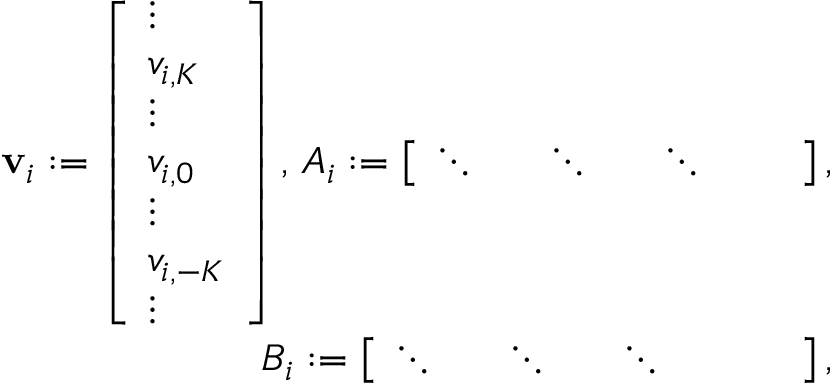
\begin{array} { r } { \mathbf { v } _ { i } : = \left[ \begin{array} { l } { \vdots } \\ { v _ { i , K } } \\ { \vdots } \\ { v _ { i , 0 } } \\ { \vdots } \\ { v _ { i , - K } } \\ { \vdots } \end{array} \right] , \, A _ { i } : = \left[ \begin{array} { l l l l l l l } { \ddots } & { } & { \ddots } & { } & { \ddots } & { } & { } \end{array} \right] , } \\ { B _ { i } : = \left[ \begin{array} { l l l l l l l l } { \ddots } & { } & { \ddots } & { } & { \ddots } & { } & { } & { } \end{array} \right] , } \end{array}